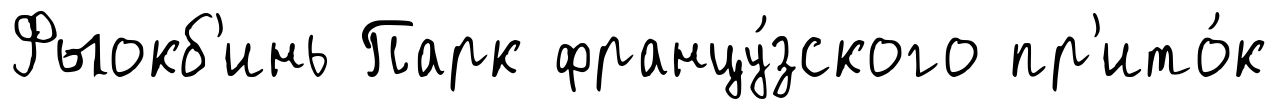
Фыокб'инь Парк францу́зского пр'ито́к